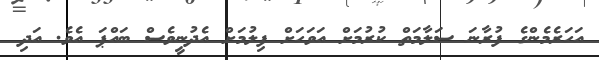
އަހަރެމެންގެ ފުރާނަ ސަލާމަތް ކުރުމަށް އަވަހަށް ފިލުމަށް އެދުނީވެސް ބައްޕަ އެވެ. އަދި